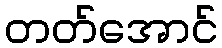
တတ်အောင်